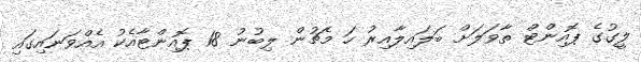
ލީގުގެ ޕޮއިންޓް ތާވަލަށް ބަލައިލާއިރު ހަ މެޗުން ލިބުނު 18 ޕޮއިންޓާއެކު އެއްވަނައިގައި